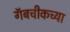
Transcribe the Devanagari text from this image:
गॅबचीकच्या